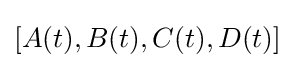
[A(t),B(t),C(t),D(t)]